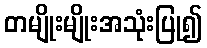
တမျိုးမျိုးအသုံးပြု၍